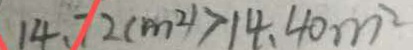
1 4 . 7 2 ( m ^ { 2 } ) > 1 4 . 4 0 m ^ { 2 }